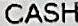
CASH